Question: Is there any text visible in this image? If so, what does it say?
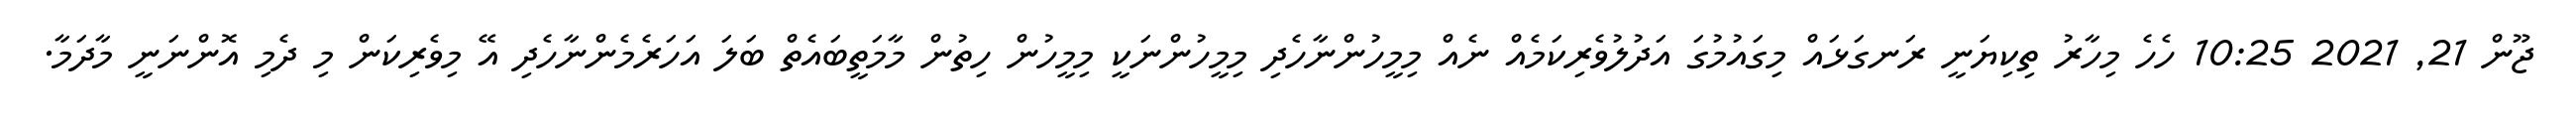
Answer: ޖޫން 21, 2021 10:25 ހެހެ މިހާރު ތިކިޔަނީ ރަނގަޅައް މިގައުމުގަ އަދުލުވެރިކަމެއް ނެއް މިމީހުންނާހެދި މިމީހުންނަކީ މިމީހުން ހިތުން މާމަތީބައެތް ބަލަ އަހަރެމެންނާހެދި އޭ މިވެރިކަން މި ދެމި އޮންނަނީ މާދަމާ.